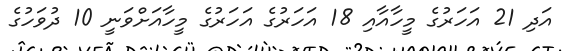
އަދި 21 އަހަރުގެ މީހާއާއި 18 އަހަރުގެ އަހަރުގެ މީހާއަށްވަނީ 10 ދުވަހުގެ